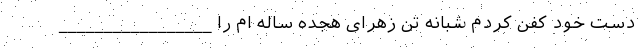
دست خود کفن کردم شبانه تن زهرای هجده ساله ام را _________________